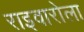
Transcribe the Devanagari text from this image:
राइवारोला